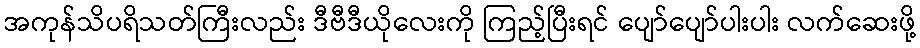
အကုန်သိပရိသတ်ကြီးလည်း ဒီဗီဒီယိုလေးကို ကြည့်ပြီးရင် ပျော်ပျော်ပါးပါး လက်ဆေးဖို့